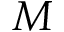
M